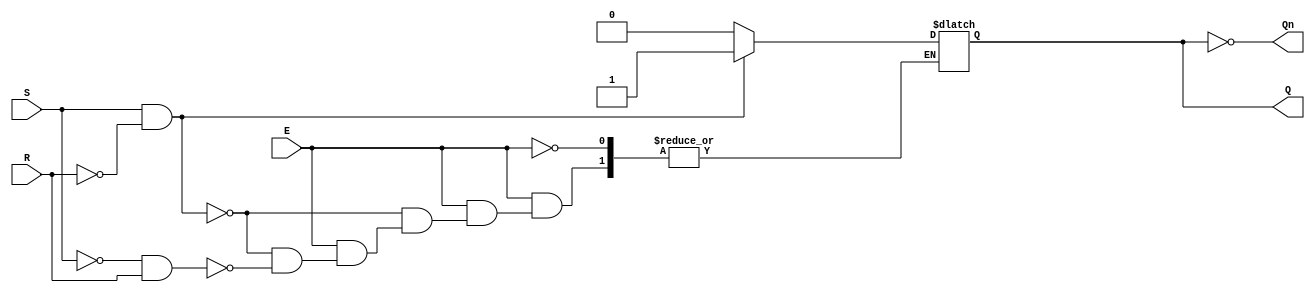
module gated_sr_latch (
    input wire S,      // Set input
    input wire R,      // Reset input
    input wire E,      // Enable input
    output reg Q,      // Output Q
    output wire Qn     // Complementary output Q'
);

// Assign the complementary output Qn as the inverse of Q
assign Qn = ~Q;

// Always block to implement the gated SR latch behavior
always @(*) begin
    if (E) begin
        if (S && !R) begin
            Q = 1'b1;  // Set Q to 1
        end else if (!S && R) begin
            Q = 1'b0;  // Reset Q to 0
        end else if (S && R) begin
            // Invalid state: both S and R are high
            // Handle this case as needed (e.g., retain previous state)
            // Here we do nothing, which retains the previous state
            // Q remains unchanged
        end else begin
            // Both S and R are low, retain previous state
            // Q remains unchanged
        end
    end
    // If E is low, retain the previous state (Q remains unchanged)
end

endmodule